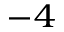
^ { - 4 }